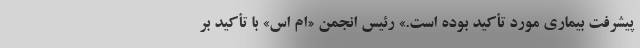
پیشرفت بیماری مورد تأکید بوده است.» رئیس انجمن «ام اس» با تأکید بر